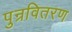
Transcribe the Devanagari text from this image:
पुन्रवितरण